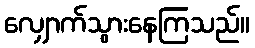
လျှောက်သွားနေကြသည်။